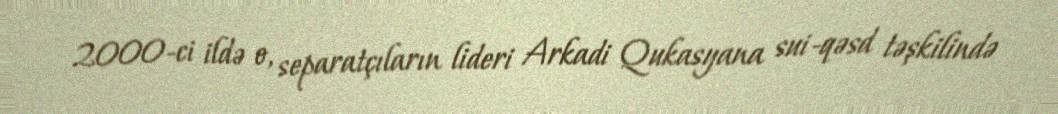
2000-ci ildə o, separatçıların lideri Arkadi Qukasyana sui-qəsd təşkilində